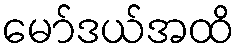
မော်ဒယ်အထိ